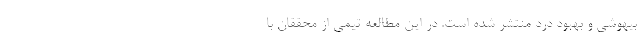
بیهوشی و بهبود درد منتشر شده است. در این مطالعه تیمی از محققان با